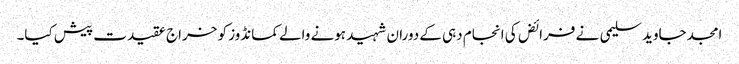
امجد جاوید سلیمی نے فرائض کی انجام دہی کے دوران شہید ہونے والے کمانڈوز کو خراج عقیدت پیش کیا۔